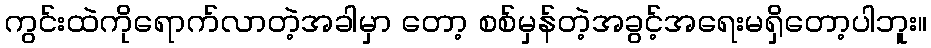
ကွင်းထဲကိုရောက်လာတဲ့အခါမှာ တော့ စစ်မှန်တဲ့အခွင့်အရေးမရှိတော့ပါဘူး။